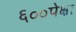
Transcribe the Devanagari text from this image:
६००पेक्षा